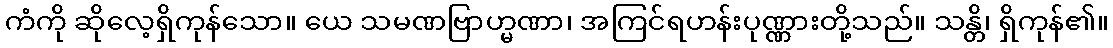
ကံကို ဆိုလေ့ရှိကုန်သော။ ယေ သမဏဗြာဟ္မဏာ၊ အကြင်ရဟန်းပုဏ္ဏားတို့သည်။ သန္တိ၊ ရှိကုန်၏။